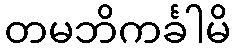
တမဘိကင်္ခါမိ